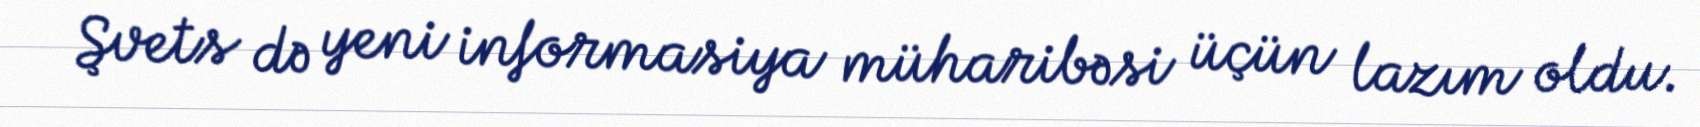
Şvets də yeni informasiya müharibəsi üçün lazım oldu.